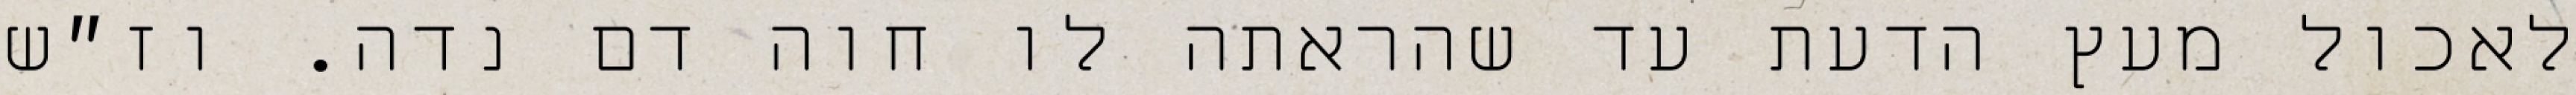
לאכול מעץ הדעת עד שהראתה לו חוה דם נדה. וז״ש